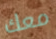
معك